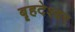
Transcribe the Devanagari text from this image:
बॄहदेश्वर